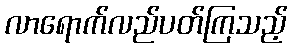
လာရောက်လည်ပတ်ကြသည့်